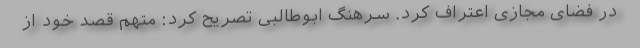
در فضای مجازی اعتراف کرد. سرهنگ ابوطالبی تصریح کرد: متهم قصد خود از